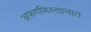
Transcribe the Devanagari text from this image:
अफगणिस्तानात